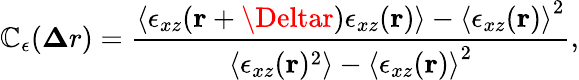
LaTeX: \mathbb{C}_{\epsilon}({\mathbf{\Delta}r})=\frac{{\left<\epsilon_{xz}({\mathbf{r}+\Deltar})\epsilon_{xz}({\mathbf{r}})\right>-\left<\epsilon_{xz}({\mathbf{r}})\right>^{2}}}{{\left<\epsilon_{xz}({\mathbf{r}})^{2}\right>-\left<\epsilon_{xz}({\mathbf{r}})\right>^{2}}},